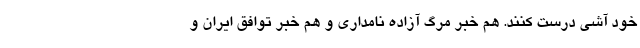
خود آشی درست کنند. هم خبر مرگ آزاده نامداری و هم خبر توافق ایران و